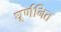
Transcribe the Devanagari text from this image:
घूर्णनित